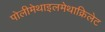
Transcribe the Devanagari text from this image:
पोलीमेथाइलमेथाक्रिलेट